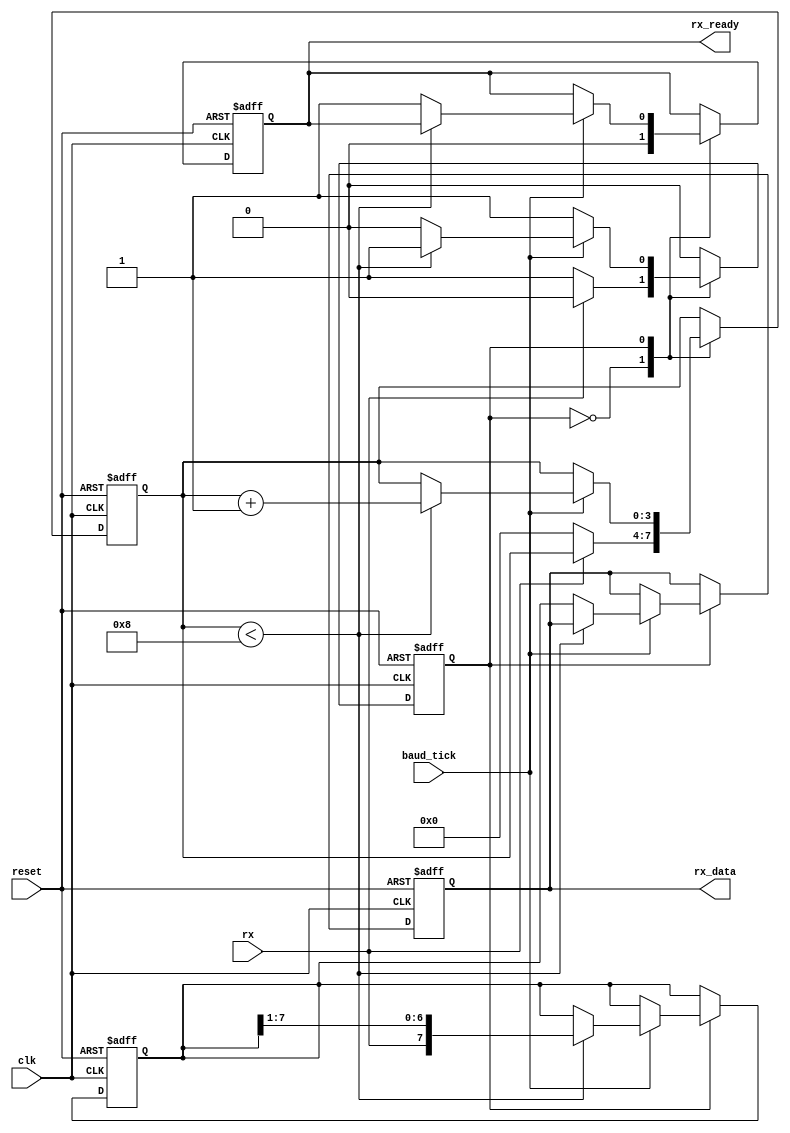
module uart_rx (
    input clk,
    input reset,
    input baud_tick,
    input rx,
    output reg [7:0] rx_data,
    output reg rx_ready
);

reg [3:0] bit_counter;
reg [7:0] shift_reg;
reg rx_state;

parameter IDLE = 1'b0;
parameter RECEIVE = 1'b1;

always @(posedge clk or posedge reset) begin
    if (reset) begin
        rx_data <= 0;
        rx_ready <= 0;
        bit_counter <= 0;
        shift_reg <= 0;
        rx_state <= IDLE;
    end else begin
        case (rx_state)
            IDLE: begin
                rx_ready <= 0;
                if (~rx) begin // start bit detected
                    bit_counter <= 0;
                    rx_state <= RECEIVE;
                end
            end
            RECEIVE: begin
                if (baud_tick) begin
                    if (bit_counter < 8) begin
                        shift_reg <= {rx, shift_reg[7:1]};
                        bit_counter <= bit_counter + 1;
                    end else begin
                        rx_data <= shift_reg;
                        rx_ready <= 1;
                        rx_state <= IDLE;
                    end
                end
            end
        endcase
    end
end

endmodule